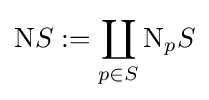
\mathrm {N} S:=\coprod _{p\in S}\mathrm {N} _{p}S